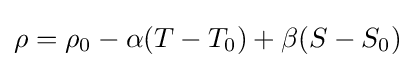
\rho =\rho _{0}-\alpha (T-T_{0})+\beta (S-S_{0})